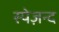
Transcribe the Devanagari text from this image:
स्पेज़न्द